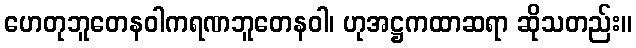
ဟေတုဘူတေနဝါကရဏဘူတေနဝါ၊ ဟုအဋ္ဌကထာဆရာ ဆိုသတည်း။